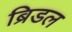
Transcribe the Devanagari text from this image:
ब्रिडल